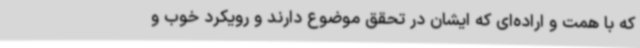
که با همت و اراده‌ای که ایشان در تحقق موضوع دارند و رویکرد خوب و